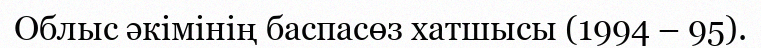
Облыс әкімінің баспасөз хатшысы (1994 – 95).